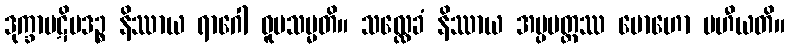
ဒုက္ခာပဋိပဒဉ္စ နိဿာယ ရာဂေါ ဝူပသမ္မတိ။ သလ္လေခံ နိဿာယ အပ္ပမတ္တဿ မောဟော ပဟီယတိ။